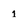
Character: 1